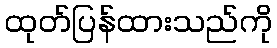
ထုတ်ပြန်ထားသည်ကို